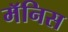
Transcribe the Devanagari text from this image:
मॅनिस